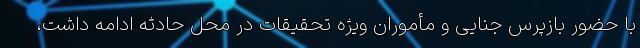
با حضور بازپرس جنایی و مأموران ویژه تحقیقات در محل حادثه ادامه داشت،